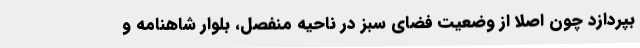
بپردازد چون اصلا از وضعیت فضای سبز در ناحیه منفصل، بلوار شاهنامه و